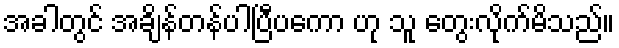
အခါတွင် အချိန်တန်ပါပြီပကော ဟု သူ တွေးလိုက်မိသည်။